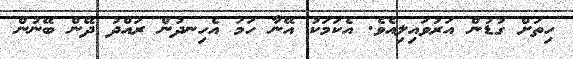
ހިތަށް ގުޑުން އަރުވައިލިއެވެ. އެކަމަކު އޭނާ ހަމަ އެހިނދުން ރައްދު ދޭން ބޭނުން